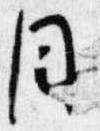
目